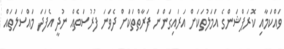
ވައްކަމާއި ކޮރަޕްޝަންގެ އަމަލުތަކަށް އަރައިގަންނަ ފަރާތްތަކަށް ދެވަނަ ފުރުސަތެއް ނުދީ އެފަދަ މައްސަލަތައް